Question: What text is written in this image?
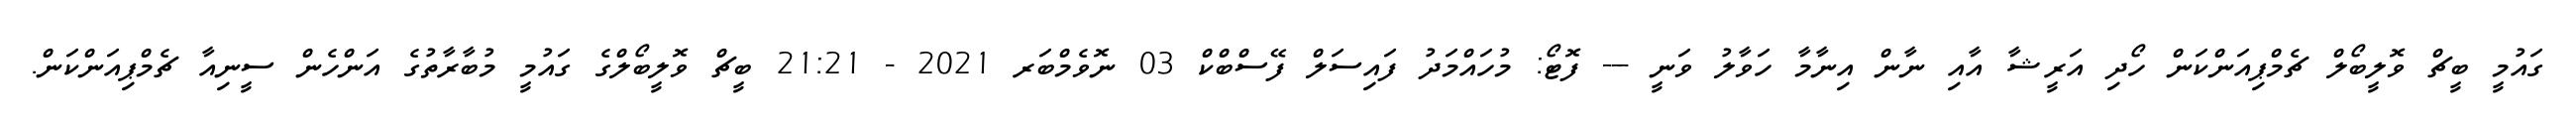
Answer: ގައުމީ ބީޗް ވޮލީބޯލް ޗެމްޕިއަންކަން ހޯދި އަރީޝާ އާއި ނާން އިނާމާ ހަވާލު ވަނީ --- ފޮޓޯ: މުހައްމަދު ފައިސަލް ފޭސްބްކް 03 ނޮވެމްބަރ 2021 - 21:21 ބީޗް ވޮލީބޯލްގެ ގައުމީ މުބާރާތުގެ އަންހެން ސީނިއާ ޗެމްޕިއަންކަން.